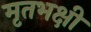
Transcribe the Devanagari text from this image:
मृतभक्षी